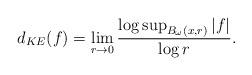
LaTeX: \begin{align*}d_{KE}(f)=\lim_{r\rightarrow 0} \frac{\log \sup_{B_{\omega}(x, r)} |f|}{\log r}.\end{align*}